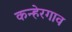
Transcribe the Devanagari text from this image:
कन्हेरगाव